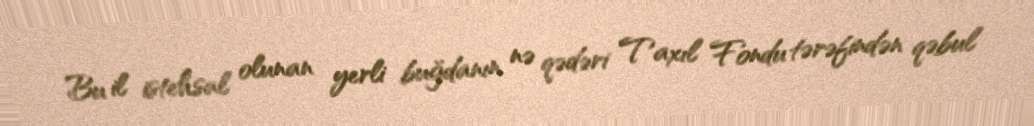
Bu il istehsal olunan yerli buğdanın nə qədəri Taxıl Fondu tərəfindən qəbul